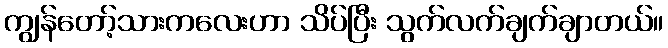
ကျွန်တော့်သားကလေးဟာ သိပ်ပြီး သွက်လက်ချက်ချာတယ်။